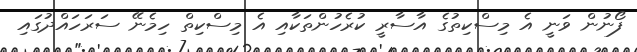
ފޯނުން ވަނީ އެ މިސްކިތުގެ އާސާރީ ކުރެހުންތަކާއި އެ މިސްކިތް ހިމެނޭ ސަރަހައްދުގައި